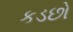
કડછો